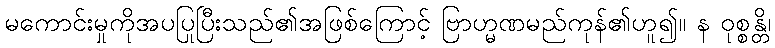
မကောင်းမှုကိုအပပြုပြီးသည်၏အဖြစ်ကြောင့် ဗြာဟ္မဏမည်ကုန်၏ဟူ၍။ န ဝုစ္စန္တိ၊